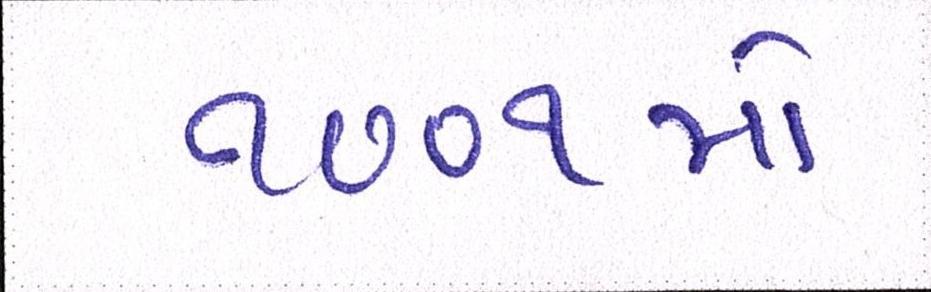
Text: ૧૦૦૧મો